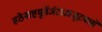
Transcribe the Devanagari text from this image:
हठेनाष्टमूर्तेर्जटाअजूटवासे